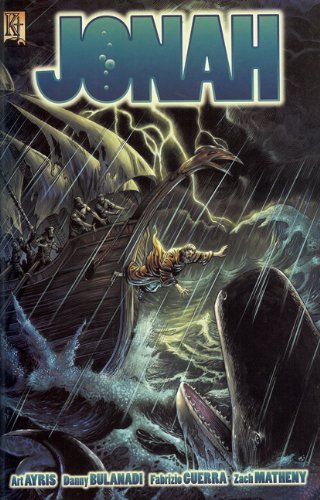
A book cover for Jonah; Art Ayris; Comics & Graphic Novels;